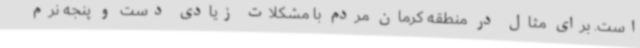
است. برای مثال در منطقه کرمان مردم با مشکلات زیادی دست و پنجه نرم